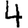
Digit: 4